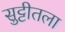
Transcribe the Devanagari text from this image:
सुट्टीतला